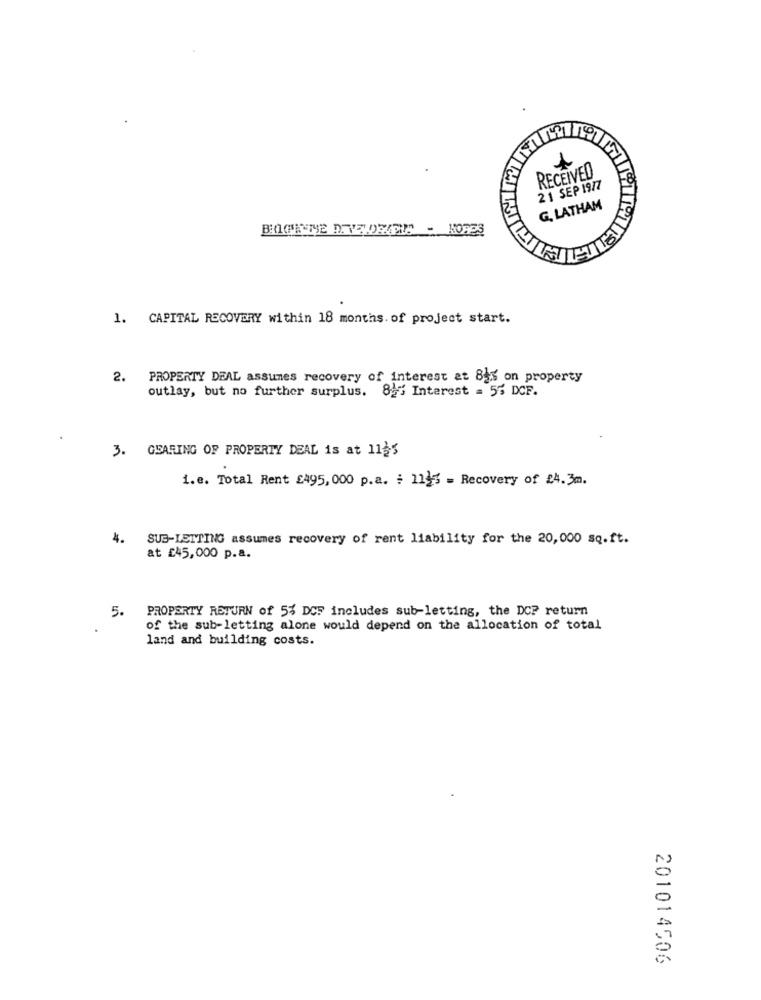
RECEIVED
21 SEP 1977
G. LATHAM
1. CAPITAL RECOVERY within 18 months. of project start.
2. PROPERTY DEAL assumes recovery of interest at 82% on property
outlay, but no further surplus. 82% Interest = 55 DCF.
3. GEARING OF PROPERTY DEAL is at 1125
i.e. Total Rent £495, 000 p.a. : 1115 = Recovery of 24.3m.
4.
SUB-LETTING assumes recovery of rent liability for the 20,000 sq.ft.
at £45,000 p.a.
5.
PROPERTY RETURN of 5% DCF includes sub-letting, the DCP return
of the sub-letting alone would depend on the allocation of total
land and building costs.
201014506